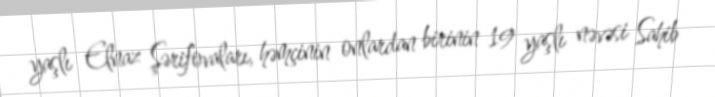
yaşlı Elnaz Şərifovaları, həmçinin onlardan birinin 19 yaşlı nəvəsi Sahib